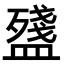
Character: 𥂫